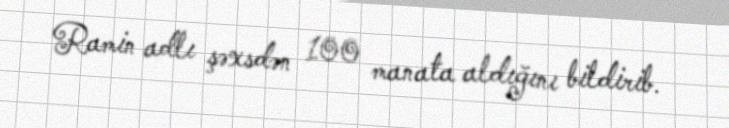
Ramin adlı şəxsdən 100 manata aldığını bildirib.